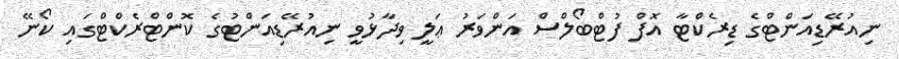
ނިއުރޭޑިއަންޓްގެ ޑިރެކްޓާ އޮފް ފުޓްބޯލްސް އަންވަރު ޢަލީ ވިދާޅުވީ ނިއުރޭޑިއަންޓުގެ ކޮންޓްރެކްޓްގައި ކޯނޭ